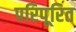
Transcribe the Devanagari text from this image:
परिपूरित